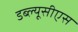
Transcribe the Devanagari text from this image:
डब्ल्यूसीएस